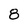
Character: 8